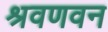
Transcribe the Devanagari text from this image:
श्रवणवन